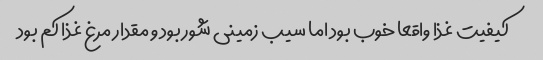
کیفیت غذا واقعا خوب بود اما سیب زمینی شور بود و مقدار مرغ غذا کم بود